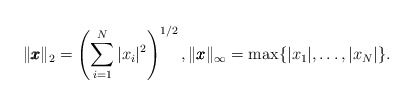
\begin{align*}\|\pmb{x}\|_2=\left(\sum_{i=1}^N|x_i|^2\right)^{1/2}, \|\pmb{x}\|_\infty=\max\{|x_1|,\ldots,|x_N|\}.\end{align*}